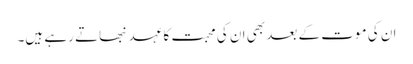
ان کی موت کے بعد بھی ان کی محبت کا عہد نبھاتے رہے ہیں۔